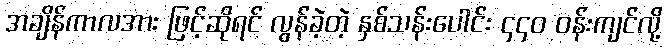
အချိန်ကာလအား ဖြင့်ဆိုရင် လွန်ခဲ့တဲ့ နှစ်သန်းပေါင်း ၄၄၀ ဝန်းကျင်လို့